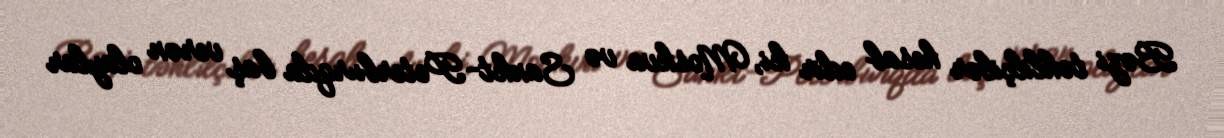
Bəzi təhlilçilər hesab edir ki, Moskva və Sankt-Peterburqda baş verən olaylar